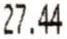
27.44